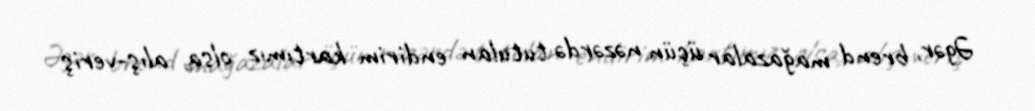
Əgər, brend mağazalar üçün nəzərdə tutulan endirim kartımız olsa, alış-veriş